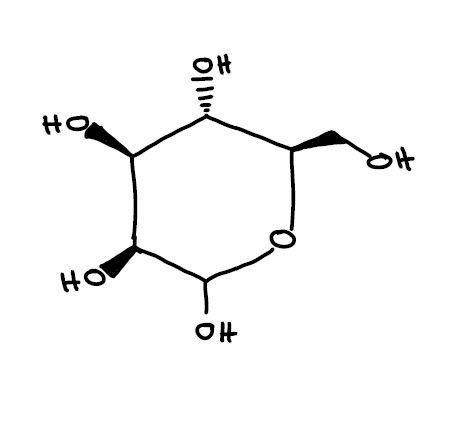
Simplified molecular-input line-entry system (SMILES) notation of the given molecule:
C([C@@H]1[C@H]([C@@H]([C@@H](C(O1)O)O)O)O)O